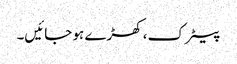
پیٹرک، کھڑے ہو جائیں۔